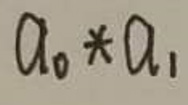
$a_{0}*a_{1}$